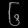
Digit: ၆